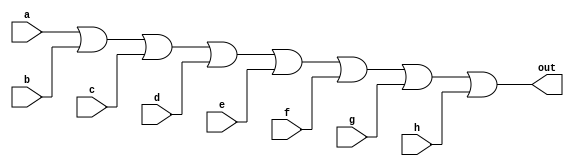
`timescale 1ns / 1ps

module or_gate(out, a, b, c, d, e, f, g, h); 
input a, b, c, d, e, f, g, h;
output out;

assign out = a | b | c | d | e | f | g | h; 

endmodule